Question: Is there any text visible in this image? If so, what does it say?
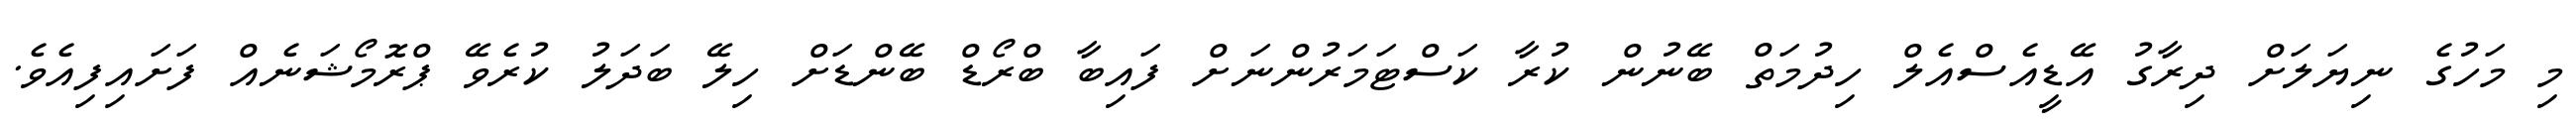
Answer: މި މަހުގެ ނިޔަލަށް ދިރާގު އޭޑީއެސްއެލް ހިދުމަތް ބޭނުން ކުރާ ކަސްޓަމަރުންނަށް ފައިބާ ބްރޯޑް ބޭންޑަށް ހިލޭ ބަދަލު ކުރެވޭ ޕްރޮމޯޝަނެއް ފަށައިފިއެވެ.